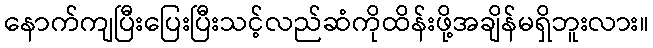
နောက်ကျပြီးပြေးပြီးသင့်လည်ဆံကိုထိန်းဖို့အချိန်မရှိဘူးလား။